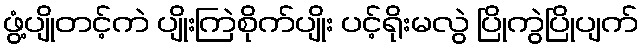
ဖွံ့ပျိုတင့်ကဲ ပျိုးကြဲစိုက်ပျိုး ပင့်ရိုးမလွဲ ပြိုကွဲပြိုပျက်